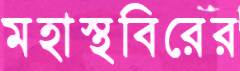
মহাস্থবিরের